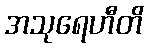
အသုရေဟီတိ